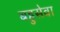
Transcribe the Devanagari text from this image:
बहुसेवा